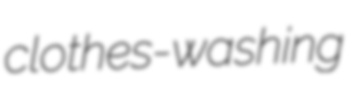
clothes-washing